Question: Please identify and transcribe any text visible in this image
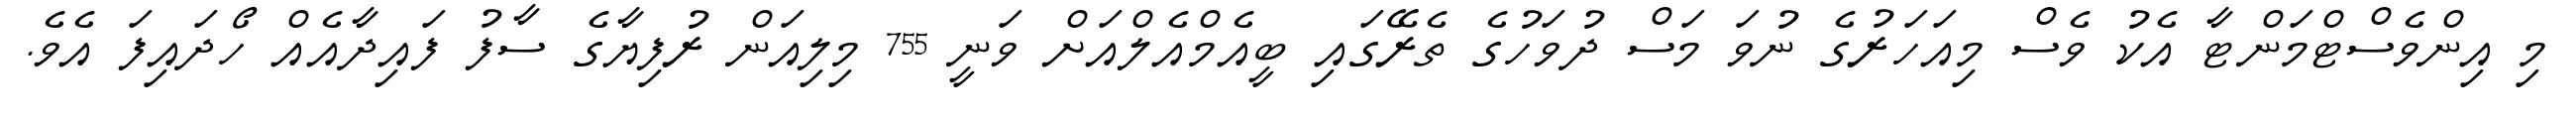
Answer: މި އިންވެސްޓްމަންޓާ އެކު ވެސް މިއަހަރުގެ ނުވަ މަސް ދުވަހުގެ ތެރޭގައި ބީއެމްއެލްއަށް ވަނީ 755 މިލިއަން ރުފިޔާގެ ސާފު ފައިދާއެއް ހޯދައިފަ އެވެ.